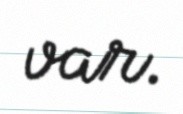
var.